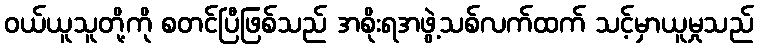
ဝယ်ယူသူတို့ကို စတင်ပြီဖြစ်သည် အစိုးရအဖွဲ့သစ်လက်ထက် သင့်မှာယူမှုသည်